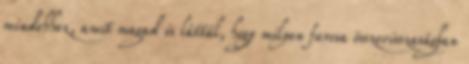
mindehhez, amit magad is láttál, hogy milyen furcsa összevisszaságban